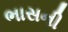
ભાસની